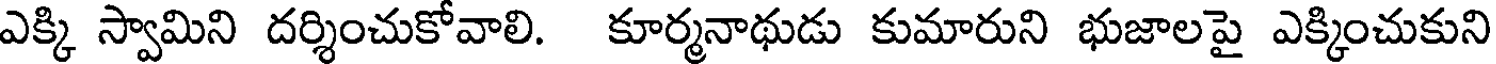
ఎక్కి స్వామిని దర్శించుకోవాలి. కూర్మనాథుడు కుమారుని భుజాలపై ఎక్కించుకుని